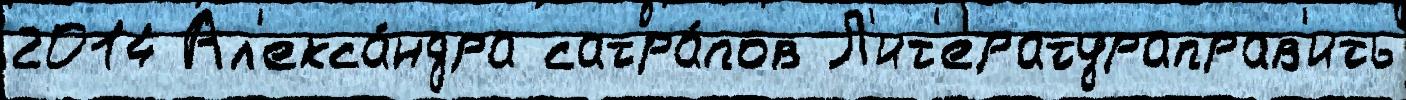
2014 Ал'екса́ндра сатра́пов Л'ит'ератураправ'ить